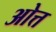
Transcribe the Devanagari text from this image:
ओत्त